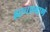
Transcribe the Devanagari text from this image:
ह्याचप्रमाणे